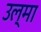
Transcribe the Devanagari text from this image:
उल्मा